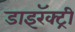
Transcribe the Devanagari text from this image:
डाइरॅक्ट्री